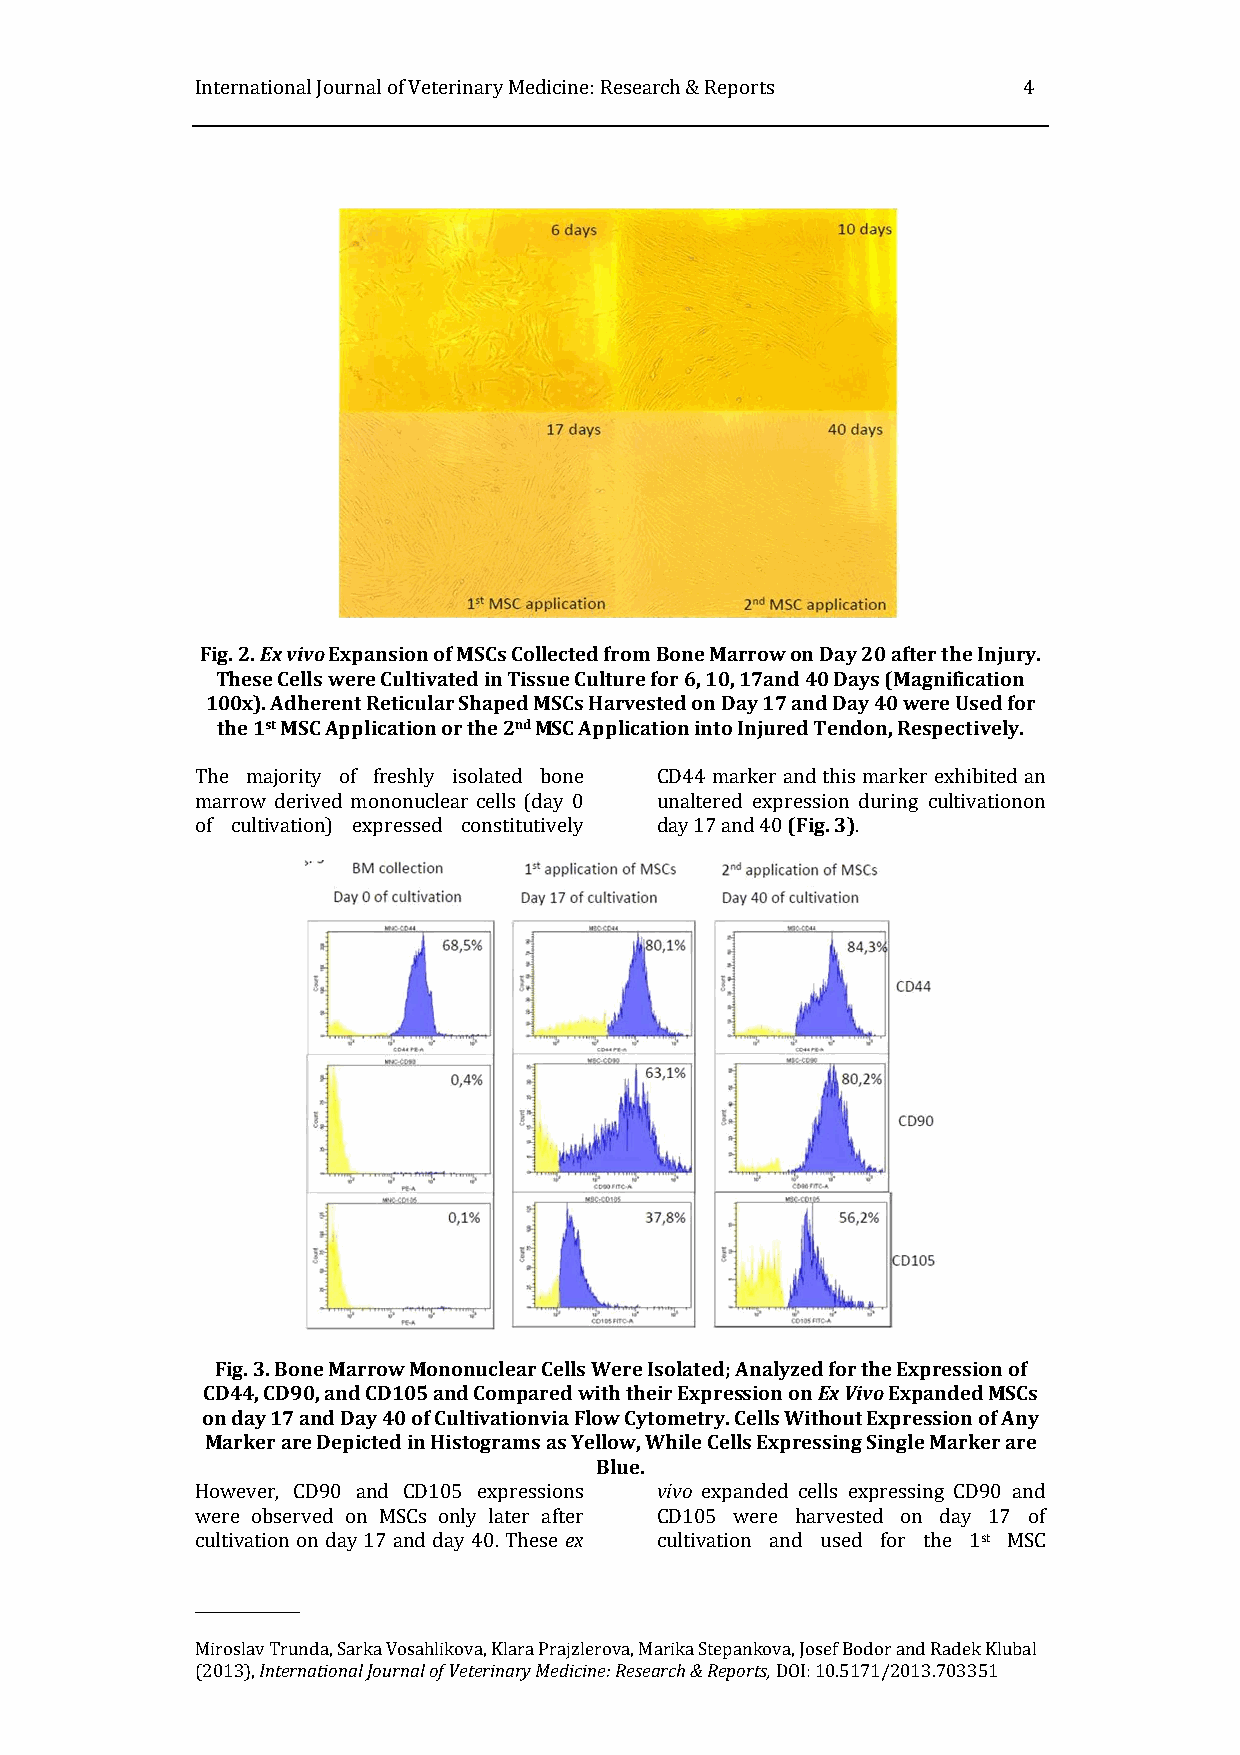
International Journal of Veterinary Medicine: Research & Reports 4
 Fig. 2. Ex vivo Expansion of MSCs Collected from Bone Marrow on Day 20 after the Injury.
 These Cells were Cultivated in Tissue Culture for 6, 10, 17and 40 Days (Magnification
 100x). Adherent Reticular Shaped MSCs Harvested on Day 17 and Day 40 were Used for
 the 1st MSC Application or the 2nd MSC Application into Injured Tendon, Respectively.
 The majority of freshly isolated bone CD44 marker and this marker exhibited an
 marrow derived mononuclear cells (day 0 unaltered expression during cultivationon
 of cultivation) expressed constitutively day 17 and 40 (Fig. 3).
 Fig. 3. Bone Marrow Mononuclear Cells Were Isolated; Analyzed for the Expression of
 CD44, CD90, and CD105 and Compared with their Expression on Ex Vivo Expanded MSCs
 on day 17 and Day 40 of Cultivationvia Flow Cytometry. Cells Without Expression of Any
 Marker are Depicted in Histograms as Yellow, While Cells Expressing Single Marker are
 Blue.
 However, CD90 and CD105 expressions vivo expanded cells expressing CD90 and
 were observed on MSCs only later after CD105 were harvested on day 17 of
 cultivation on day 17 and day 40. These ex cultivation and used for the 1st MSC
 _______________
 Miroslav Trunda, Sarka Vosahlikova, Klara Prajzlerova, Marika Stepankova, Josef Bodor and Radek Klubal
 (2013), International Journal of Veterinary Medicine: Research & Reports, DOI: 10.5171/2013.703351